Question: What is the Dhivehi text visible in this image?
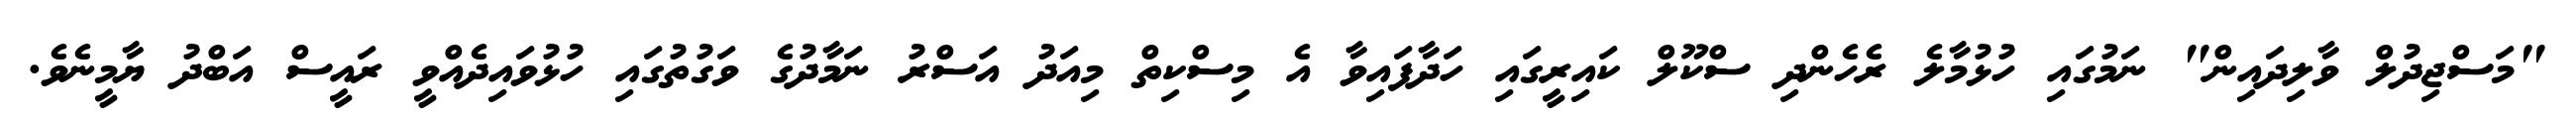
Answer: "މަސްޖިދުލް ވާލިދައިން" ނަމުގައި ހުޅުމާލެ ރެހެންދި ސްކޫލް ކައިރީގައި ހަދާފައިވާ އެ މިސްކިތް މިއަދު އަސްރު ނަމާދުގެ ވަގުތުގައި ހުޅުވައިދެއްވީ ރައީސް އަބްދު ޔާމީނެވެ.